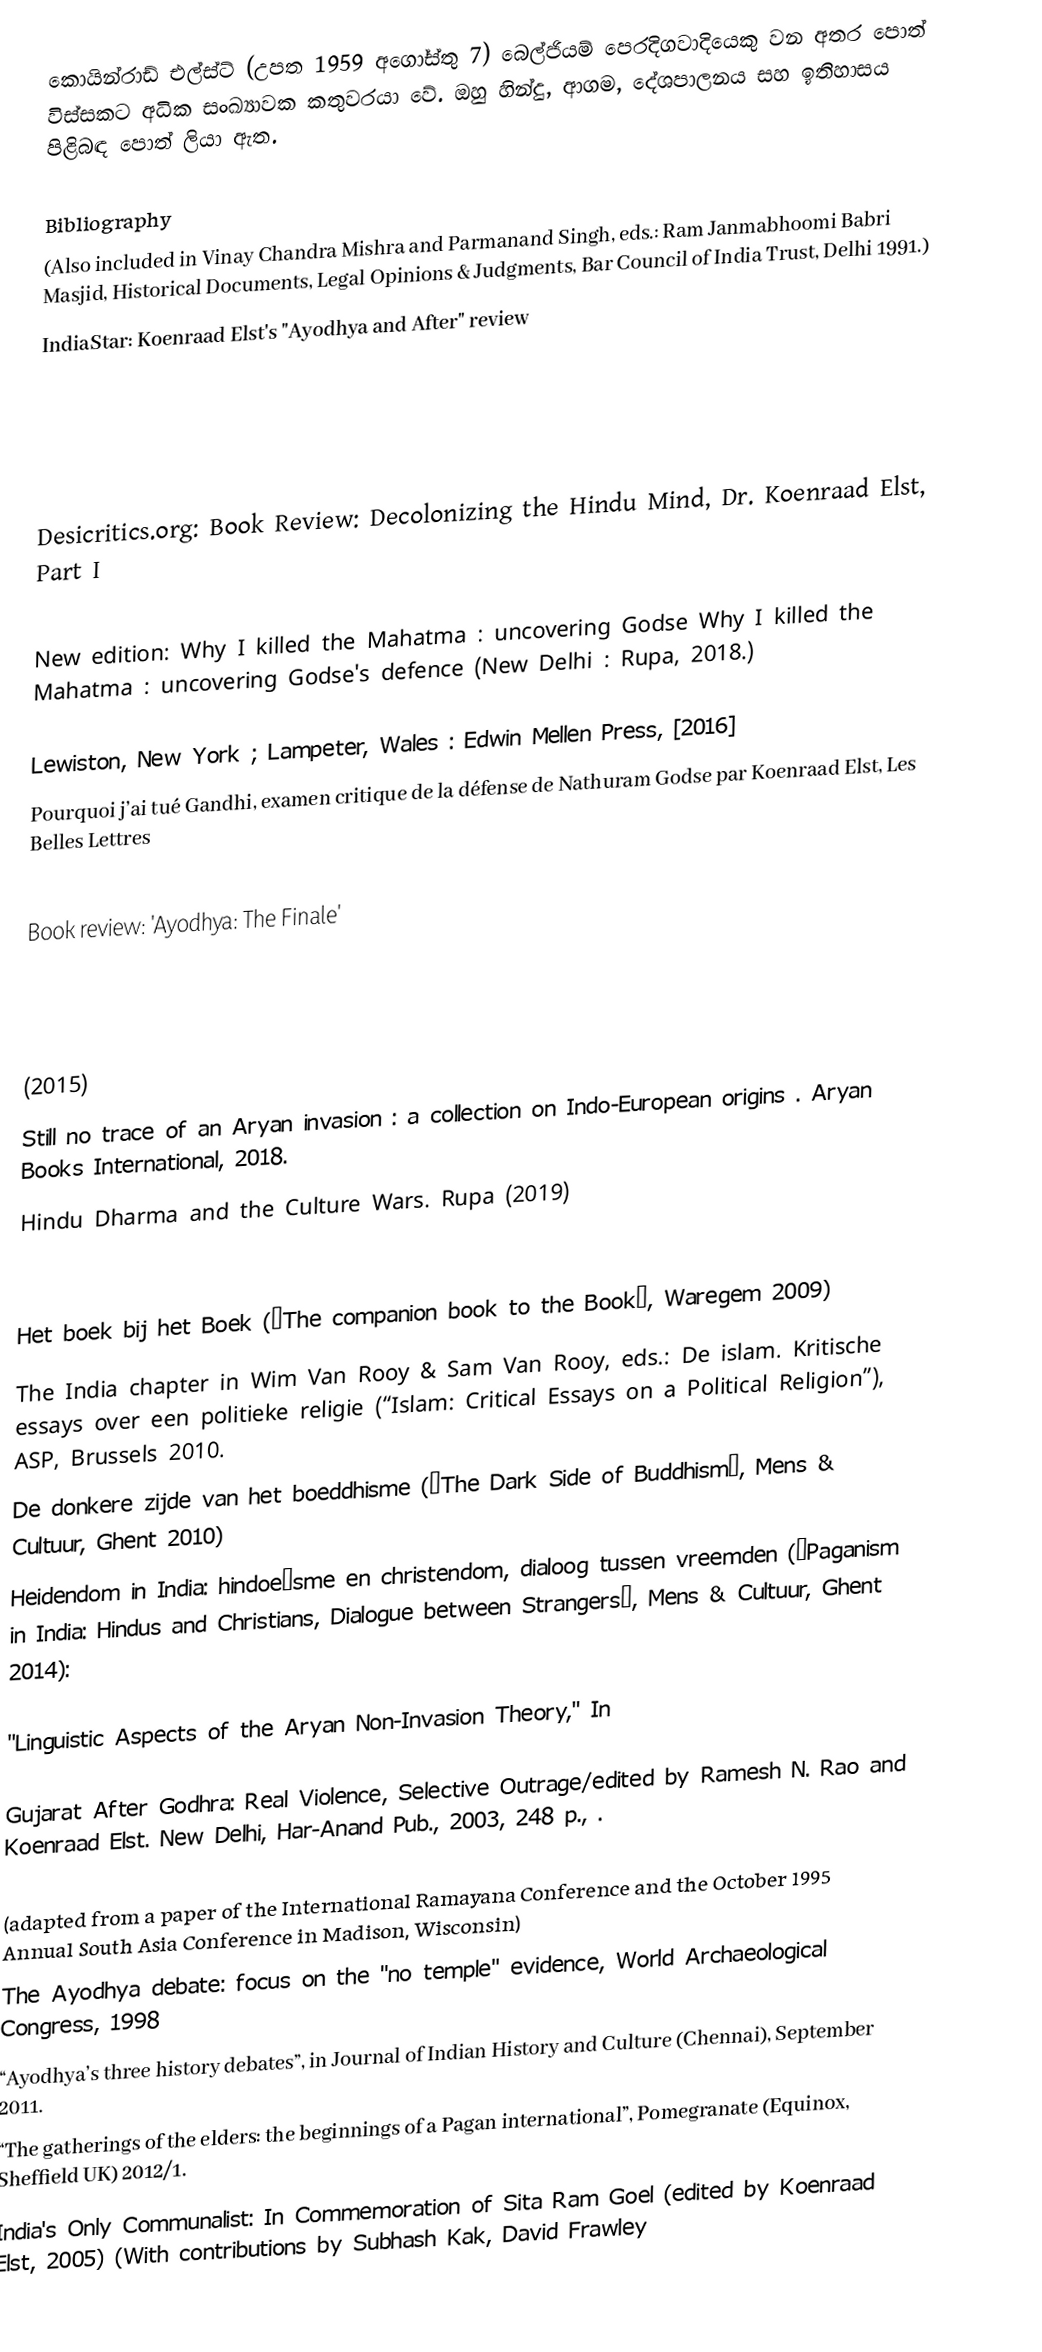
කොයින්රාඩ් එල්ස්ට් (උපත 1959 අගෝස්තු 7) බෙල්ජියම් පෙරදිගවාදියෙකු වන අතර පොත් විස්සකට අධික සංඛ්‍යාවක කතුවරයා වේ. ඔහු හින්දු, ආගම, දේශපාලනය සහ ඉතිහාසය පිළිබඳ පොත් ලියා ඇත.

Bibliography
  (Also included in Vinay Chandra Mishra and Parmanand Singh, eds.: Ram Janmabhoomi Babri Masjid, Historical Documents, Legal Opinions & Judgments, Bar Council of India Trust, Delhi 1991.)
  IndiaStar: Koenraad Elst's "Ayodhya and After" review

  Desicritics.org: Book Review: Decolonizing the Hindu Mind, Dr. Koenraad Elst, Part I

New edition: Why I killed the Mahatma : uncovering Godse 	 Why I killed the Mahatma : uncovering Godse's defence (New Delhi : Rupa, 2018.)

  Lewiston, New York ; Lampeter, Wales : Edwin Mellen Press, [2016]
Pourquoi j’ai tué Gandhi, examen critique de la défense de Nathuram Godse par Koenraad Elst, Les Belles Lettres

 Book review: 'Ayodhya: The Finale'

  (2015)
 Still no trace of an Aryan invasion : a collection on Indo-European origins . Aryan Books International, 2018.
 Hindu Dharma and the Culture Wars. Rupa (2019)

 Het boek bij het Boek (“The companion book to the Book”, Waregem 2009)
 The India chapter in Wim Van Rooy & Sam Van Rooy, eds.: De islam. Kritische essays over een politieke religie (“Islam: Critical Essays on a Political Religion”), ASP, Brussels 2010.
 De donkere zijde van het boeddhisme (“The Dark Side of Buddhism”, Mens & Cultuur, Ghent 2010)
 Heidendom in India: hindoeïsme en christendom, dialoog tussen vreemden (“Paganism in India: Hindus and Christians, Dialogue between Strangers”, Mens & Cultuur, Ghent 2014):

"Linguistic Aspects of the Aryan Non-Invasion Theory," In

Gujarat After Godhra: Real Violence, Selective Outrage/edited by Ramesh N. Rao and Koenraad Elst. New Delhi, Har-Anand Pub., 2003, 248 p., .

 (adapted from a paper of the International Ramayana Conference and the October 1995 Annual South Asia Conference in Madison, Wisconsin)
The Ayodhya debate: focus on the "no temple" evidence, World Archaeological Congress, 1998
“Ayodhya’s three history debates”, in Journal of Indian History and Culture (Chennai), September 2011.
“The gatherings of the elders: the beginnings of a Pagan international”, Pomegranate (Equinox, Sheffield UK) 2012/1.
India's Only Communalist: In Commemoration of Sita Ram Goel (edited by Koenraad Elst, 2005)  (With contributions by Subhash Kak, David Frawley